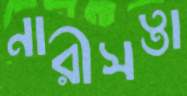
নারীসত্তা